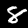
Label: 8